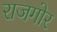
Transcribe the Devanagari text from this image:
राजगोर